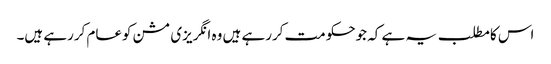
اس کامطلب یہ ہے کہ جوحکومت کررہے ہیں وہ انگریزی مشن کوعام کررہے ہیں۔